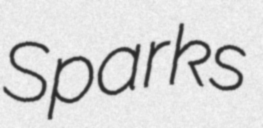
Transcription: Sparks